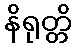
နိရုတ္တိ